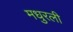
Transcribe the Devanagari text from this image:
मधुरली